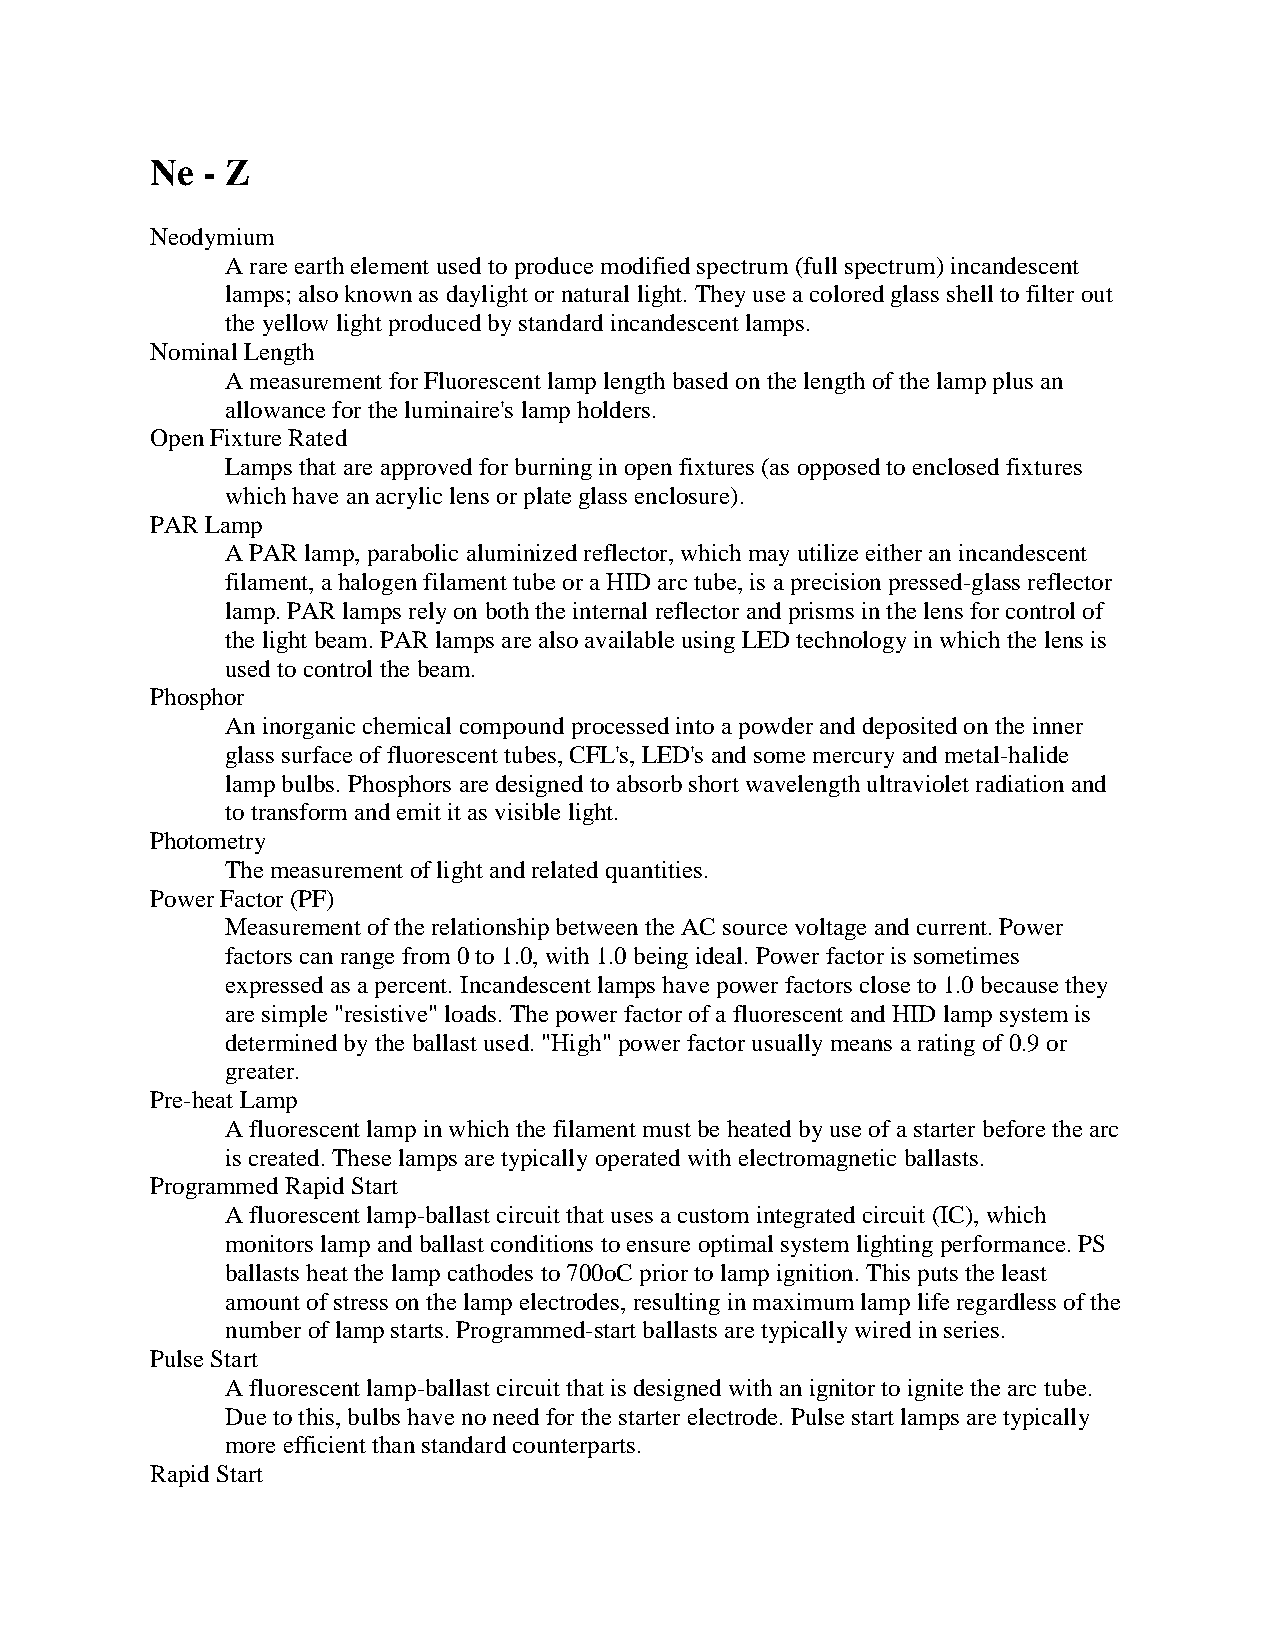
Ne - Z
 Neodymium
 A rare earth element used to produce modified spectrum (full spectrum) incandescent
 lamps; also known as daylight or natural light. They use a colored glass shell to filter out
 the yellow light produced by standard incandescent lamps.
 Nominal Length
 A measurement for Fluorescent lamp length based on the length of the lamp plus an
 allowance for the luminaire's lamp holders.
 Open Fixture Rated
 Lamps that are approved for burning in open fixtures (as opposed to enclosed fixtures
 which have an acrylic lens or plate glass enclosure).
 PAR Lamp
 A PAR lamp, parabolic aluminized reflector, which may utilize either an incandescent
 filament, a halogen filament tube or a HID arc tube, is a precision pressed-glass reflector
 lamp. PAR lamps rely on both the internal reflector and prisms in the lens for control of
 the light beam. PAR lamps are also available using LED technology in which the lens is
 used to control the beam.
 Phosphor
 An inorganic chemical compound processed into a powder and deposited on the inner
 glass surface of fluorescent tubes, CFL's, LED's and some mercury and metal-halide
 lamp bulbs. Phosphors are designed to absorb short wavelength ultraviolet radiation and
 to transform and emit it as visible light.
 Photometry
 The measurement of light and related quantities.
 Power Factor (PF)
 Measurement of the relationship between the AC source voltage and current. Power
 factors can range from 0 to 1.0, with 1.0 being ideal. Power factor is sometimes
 expressed as a percent. Incandescent lamps have power factors close to 1.0 because they
 are simple "resistive" loads. The power factor of a fluorescent and HID lamp system is
 determined by the ballast used. "High" power factor usually means a rating of 0.9 or
 greater.
 Pre-heat Lamp
 A fluorescent lamp in which the filament must be heated by use of a starter before the arc
 is created. These lamps are typically operated with electromagnetic ballasts.
 Programmed Rapid Start
 A fluorescent lamp-ballast circuit that uses a custom integrated circuit (IC), which
 monitors lamp and ballast conditions to ensure optimal system lighting performance. PS
 ballasts heat the lamp cathodes to 700oC prior to lamp ignition. This puts the least
 amount of stress on the lamp electrodes, resulting in maximum lamp life regardless of the
 number of lamp starts. Programmed-start ballasts are typically wired in series.
 Pulse Start
 A fluorescent lamp-ballast circuit that is designed with an ignitor to ignite the arc tube.
 Due to this, bulbs have no need for the starter electrode. Pulse start lamps are typically
 more efficient than standard counterparts.
 Rapid Start